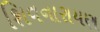
શિવનારાયણ